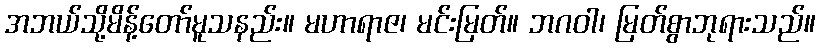
အဘယ်သို့မိန့်တော်မူသနည်း။ မဟာရာဇ၊ မင်းမြတ်။ ဘဂဝါ၊ မြတ်စွာဘုရားသည်။